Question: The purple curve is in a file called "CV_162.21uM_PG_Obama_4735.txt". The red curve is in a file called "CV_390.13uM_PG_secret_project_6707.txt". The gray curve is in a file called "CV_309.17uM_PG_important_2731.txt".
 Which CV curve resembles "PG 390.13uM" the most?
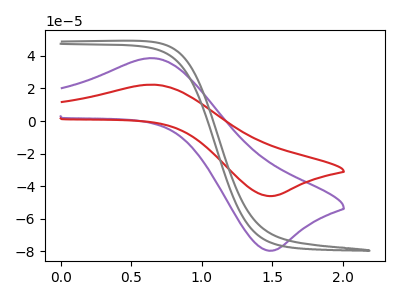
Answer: <think>The purple curve "PG 162.21uM" has an anodic peak at (0.65V, 38.60uA) and a cathodic peak at (1.45V, -79.60uA). The red curve "PG 390.13uM" has an anodic peak at (0.65V, 22.35uA) and a cathodic peak at (1.45V, -46.10uA). The gray curve "PG 309.17uM" has no peaks.
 All the peaks in "PG 162.21uM" have a peak in "PG 390.13uM" at the same potential. Every peak in "PG 162.21uM" is higher than every peak in "PG 390.13uM". "PG 162.21uM" and "PG 309.17uM" have a different number of peaks. "PG 390.13uM" and "PG 309.17uM" have a different number of peaks.</think>
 <answer>The CV with the most similar shape to "PG 162.21uM" is "PG 390.13uM".</answer>
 <eval>"PG 390.13uM"</eval>